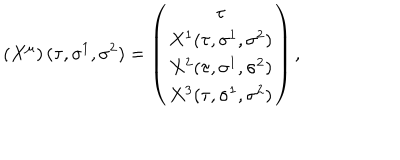
\left( X ^ { \mu } \right) ( \tau , \sigma ^ { 1 } , \sigma ^ { 2 } ) = \left( \begin{array} { c } { { \tau } } \\ { { X ^ { 1 } ( \tau , \sigma ^ { 1 } , \sigma ^ { 2 } ) } } \\ { { X ^ { 2 } ( \tau , \sigma ^ { 1 } , \sigma ^ { 2 } ) } } \\ { { X ^ { 3 } ( \tau , \sigma ^ { 1 } , \sigma ^ { 2 } ) } } \\ \end{array} \right) ,